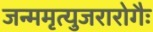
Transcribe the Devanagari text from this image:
जन्ममृत्युजरारोगैः